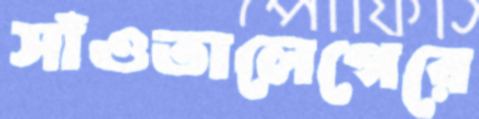
সাঁওতালেগেরে